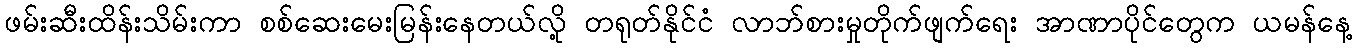
ဖမ်းဆီးထိန်းသိမ်းကာ စစ်ဆေးမေးမြန်းနေတယ်လို့ တရုတ်နိုင်ငံ လာဘ်စားမှုတိုက်ဖျက်ရေး အာဏာပိုင်တွေက ယမန်နေ့